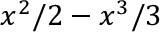
x ^ { 2 } / 2 - x ^ { 3 } / 3